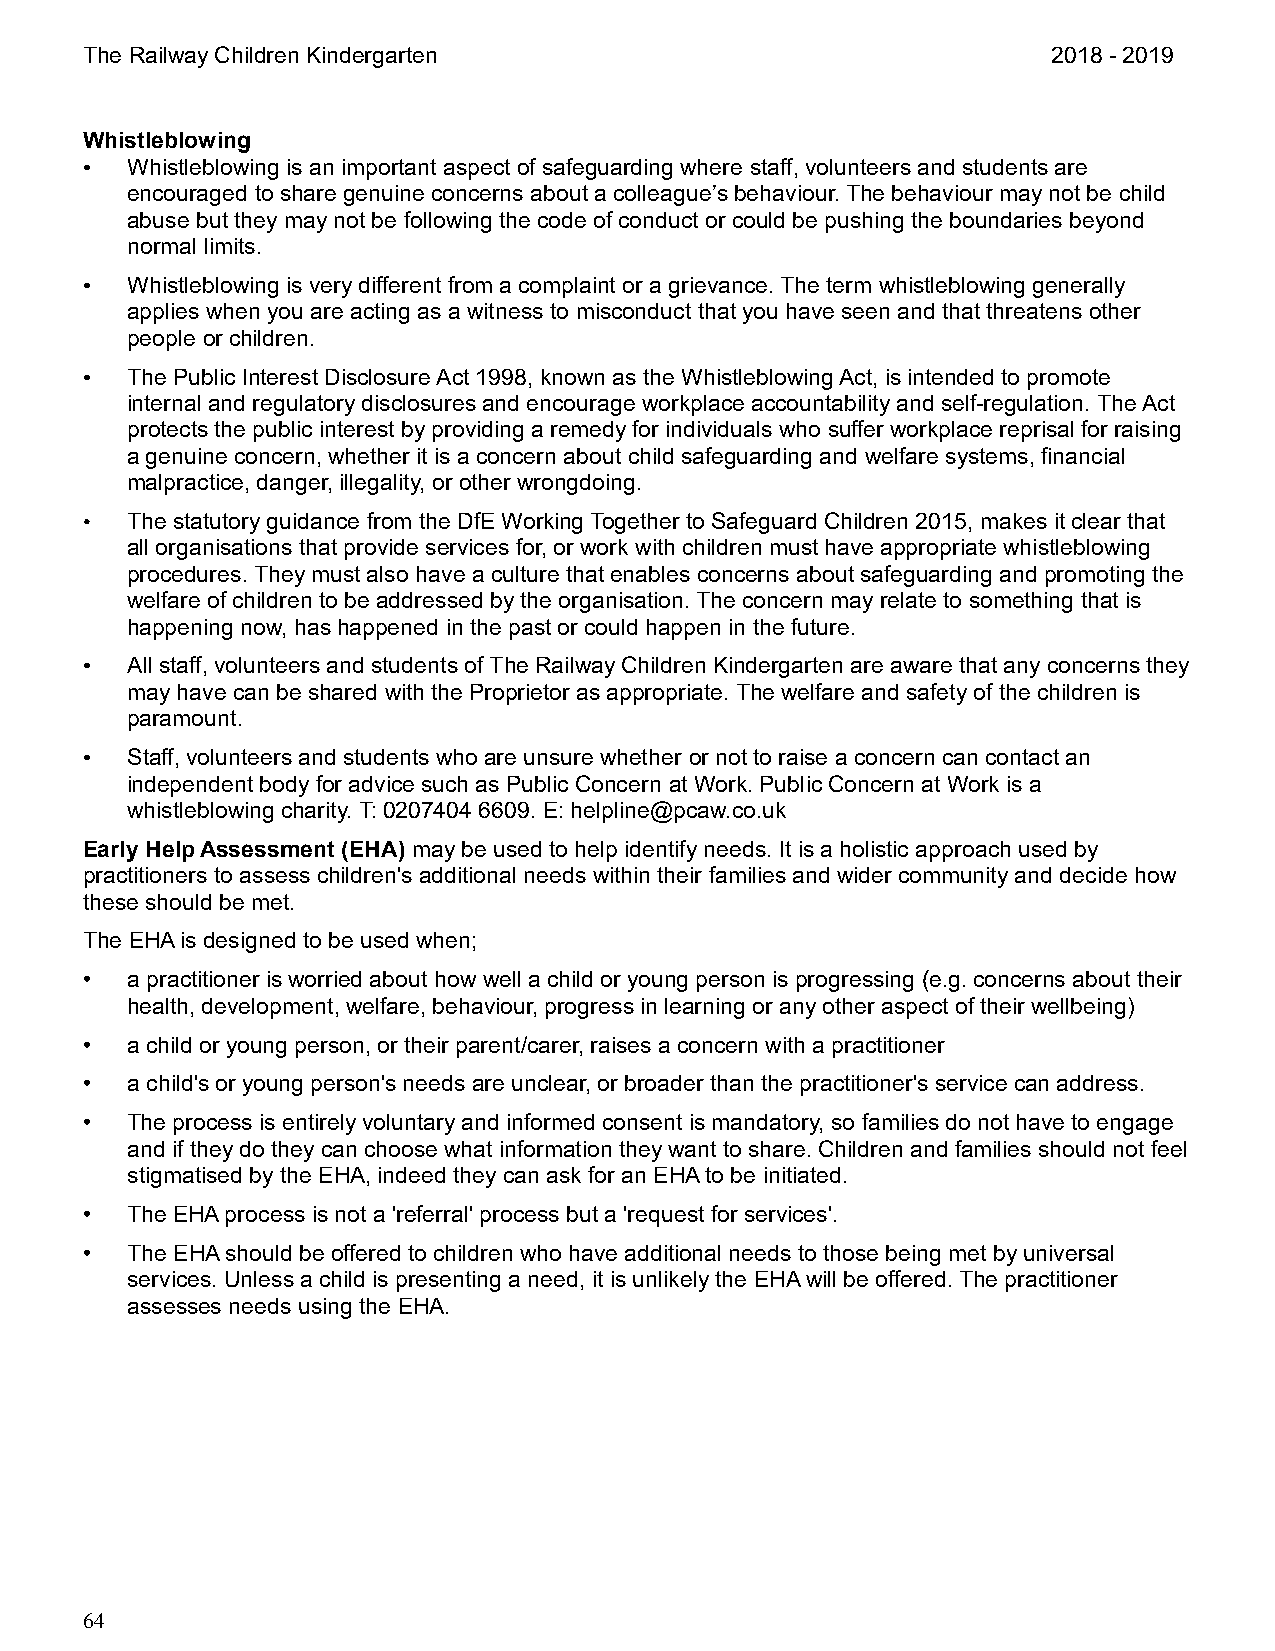
The Railway Children Kindergarten                                2018 - 2019
 Whistleblowing
 •  Whistleblowing is an important aspect of safeguarding where staff, volunteers and students are
 encouraged to share genuine concerns about a colleague’s behaviour. The behaviour may not be child
 abuse but they may not be following the code of conduct or could be pushing the boundaries beyond
 normal limits.
 •  Whistleblowing is very different from a complaint or a grievance. The term whistleblowing generally
 applies when you are acting as a witness to misconduct that you have seen and that threatens other
 people or children.
 •  The Public Interest Disclosure Act 1998, known as the Whistleblowing Act, is intended to promote
 internal and regulatory disclosures and encourage workplace accountability and self-regulation. The Act
 protects the public interest by providing a remedy for individuals who suffer workplace reprisal for raising
 a genuine concern, whether it is a concern about child safeguarding and welfare systems, financial
 malpractice, danger, illegality, or other wrongdoing.
 •  The statutory guidance from the DfE Working Together to Safeguard Children 2015, makes it clear that
 all organisations that provide services for, or work with children must have appropriate whistleblowing
 procedures. They must also have a culture that enables concerns about safeguarding and promoting the
 welfare of children to be addressed by the organisation. The concern may relate to something that is
 happening now, has happened in the past or could happen in the future.
 •  All staff, volunteers and students of The Railway Children Kindergarten are aware that any concerns they
 may have can be shared with the Proprietor as appropriate. The welfare and safety of the children is
 paramount.
 •  Staff, volunteers and students who are unsure whether or not to raise a concern can contact an
 independent body for advice such as Public Concern at Work. Public Concern at Work is a
 whistleblowing charity. T: 0207404 6609. E: helpline@pcaw.co.uk
 Early Help Assessment (EHA) may be used to help identify needs. It is a holistic approach used by
 practitioners to assess children's additional needs within their families and wider community and decide how
 these should be met.
 The EHA is designed to be used when;
 •  a practitioner is worried about how well a child or young person is progressing (e.g. concerns about their
 health, development, welfare, behaviour, progress in learning or any other aspect of their wellbeing)
 •  a child or young person, or their parent/carer, raises a concern with a practitioner
 •  a child's or young person's needs are unclear, or broader than the practitioner's service can address.
 •  The process is entirely voluntary and informed consent is mandatory, so families do not have to engage
 and if they do they can choose what information they want to share. Children and families should not feel
 stigmatised by the EHA, indeed they can ask for an EHA to be initiated.
 •  The EHA process is not a 'referral' process but a 'request for services'.
 •  The EHA should be offered to children who have additional needs to those being met by universal
 services. Unless a child is presenting a need, it is unlikely the EHA will be offered. The practitioner
 assesses needs using the EHA.
 64